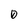
Character: 0